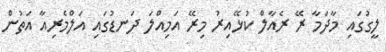
ލީގުގައި މާދަމާ ރޭ ރެއާލް ކުޅޭއިރު މިރޭ އަމިއްލަ ދަނޑުގައި އަލްމެރިއާ އަތުން